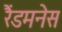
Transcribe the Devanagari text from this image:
रैंडमनेस